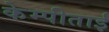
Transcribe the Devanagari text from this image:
केम्पीताई